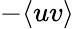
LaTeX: -\langle uv\rangle